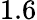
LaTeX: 1.6